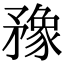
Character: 䂊